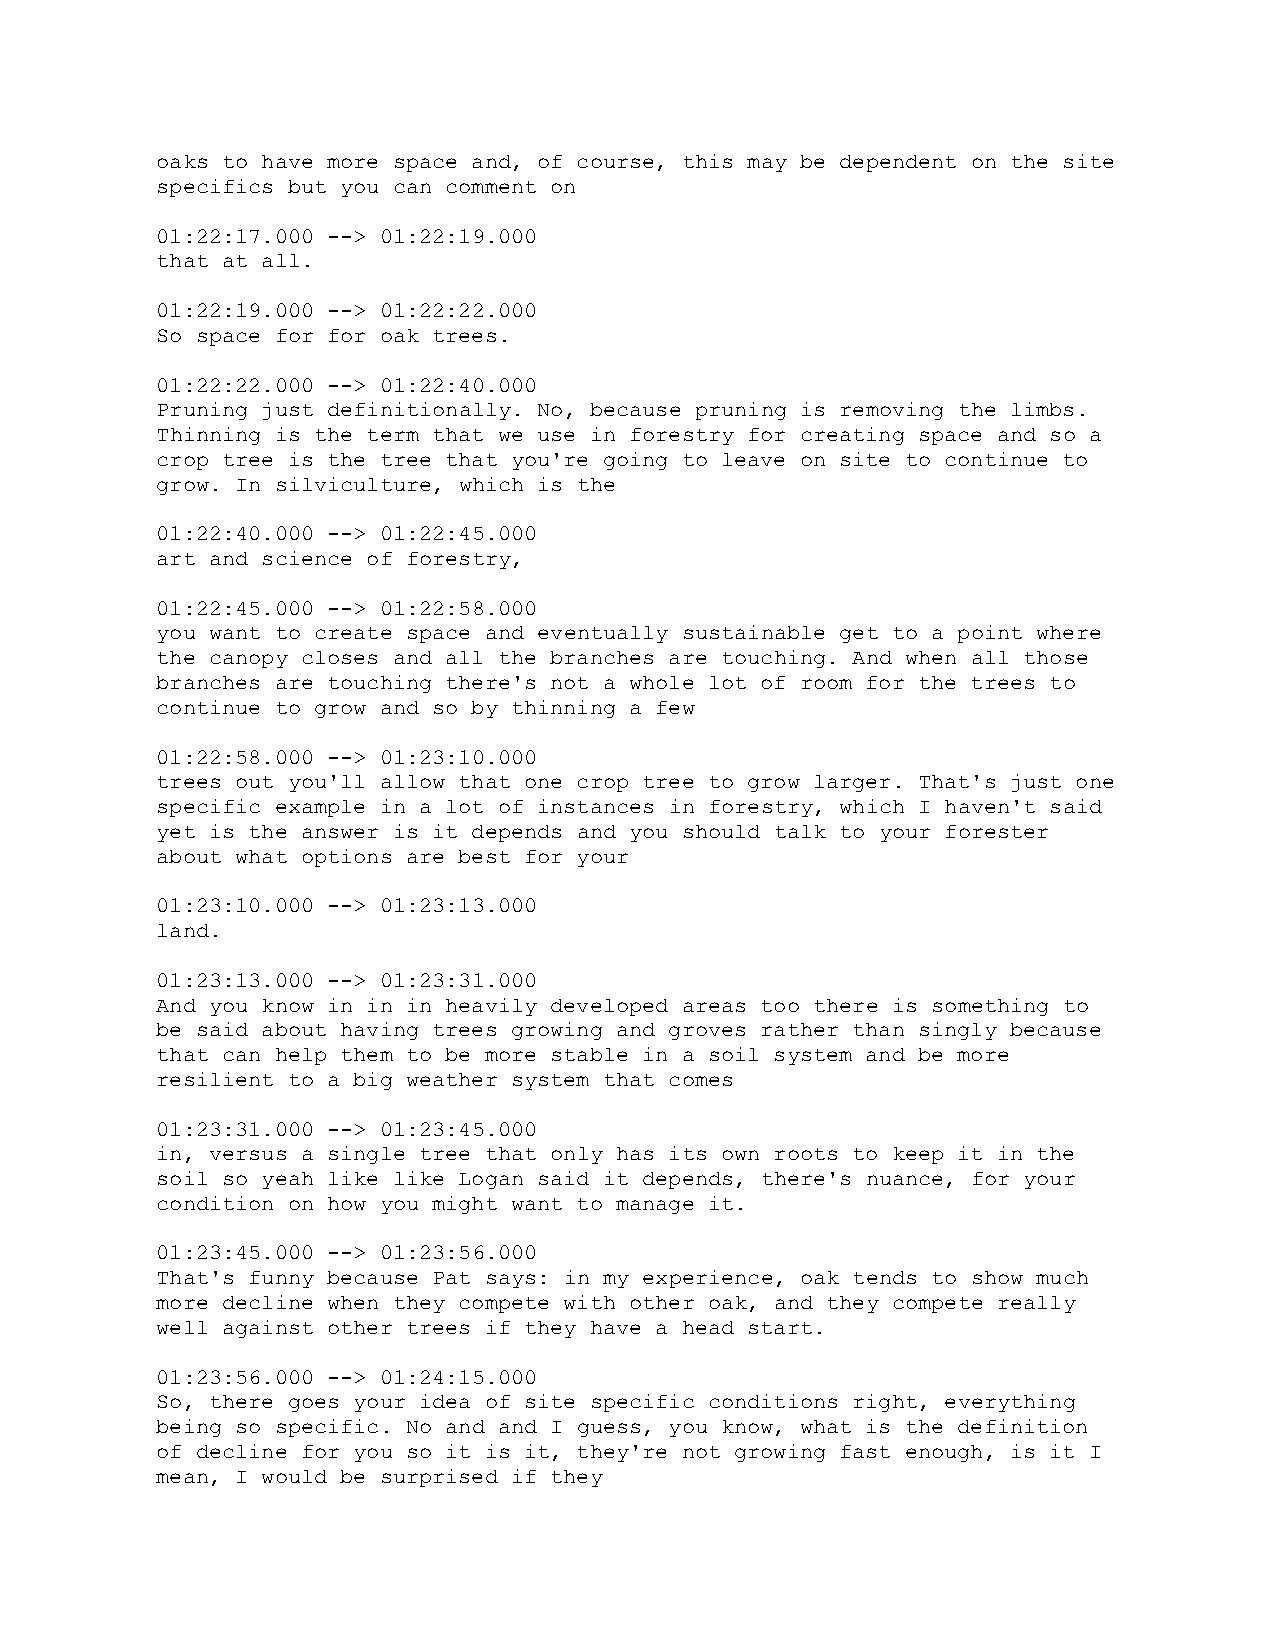
oaks to have more space and, of course, this may be dependent on the site
 specifics but you can comment on
 01:22:17.000 --> 01:22:19.000
 that at all.
 01:22:19.000 --> 01:22:22.000
 So space for for oak trees.
 01:22:22.000 --> 01:22:40.000
 Pruning just definitionally. No, because pruning is removing the limbs.
 Thinning is the term that we use in forestry for creating space and so a
 crop tree is the tree that you're going to leave on site to continue to
 grow. In silviculture, which is the
 01:22:40.000 --> 01:22:45.000
 art and science of forestry,
 01:22:45.000 --> 01:22:58.000
 you want to create space and eventually sustainable get to a point where
 the canopy closes and all the branches are touching. And when all those
 branches are touching there's not a whole lot of room for the trees to
 continue to grow and so by thinning a few
 01:22:58.000 --> 01:23:10.000
 trees out you'll allow that one crop tree to grow larger. That's just one
 specific example in a lot of instances in forestry, which I haven't said
 yet is the answer is it depends and you should talk to your forester
 about what options are best for your
 01:23:10.000 --> 01:23:13.000
 land.
 01:23:13.000 --> 01:23:31.000
 And you know in in in heavily developed areas too there is something to
 be said about having trees growing and groves rather than singly because
 that can help them to be more stable in a soil system and be more
 resilient to a big weather system that comes
 01:23:31.000 --> 01:23:45.000
 in, versus a single tree that only has its own roots to keep it in the
 soil so yeah like like Logan said it depends, there's nuance, for your
 condition on how you might want to manage it.
 01:23:45.000 --> 01:23:56.000
 That's funny because Pat says: in my experience, oak tends to show much
 more decline when they compete with other oak, and they compete really
 well against other trees if they have a head start.
 01:23:56.000 --> 01:24:15.000
 So, there goes your idea of site specific conditions right, everything
 being so specific. No and and I guess, you know, what is the definition
 of decline for you so it is it, they're not growing fast enough, is it I
 mean, I would be surprised if they